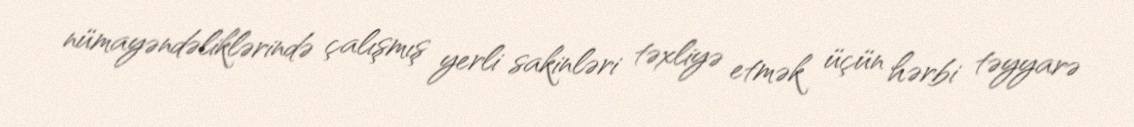
nümayəndəliklərində çalışmış yerli sakinləri təxliyə etmək üçün hərbi təyyarə